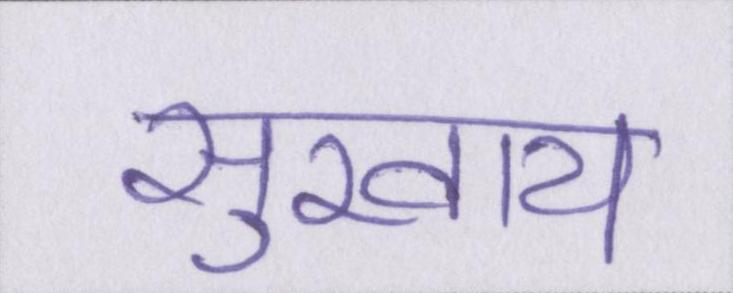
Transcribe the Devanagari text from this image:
सुखाय